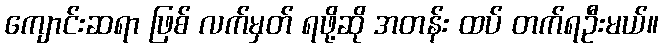
ကျောင်းဆရာ ဖြစ် လက်မှတ် ရဖို့ဆို အတန်း ထပ် တက်ရဦးမယ်။